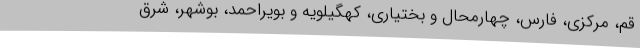
قم، مرکزی، فارس، چهارمحال و بختیاری، کهگیلویه و بویراحمد، بوشهر، شرق